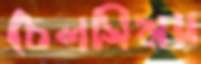
চেলসিময়